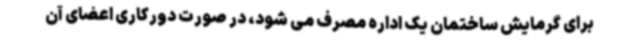
برای گرمایش ساختمان یک اداره مصرف می شود، در صورت دورکاری اعضای آن